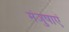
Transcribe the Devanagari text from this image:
मंजुषाएं